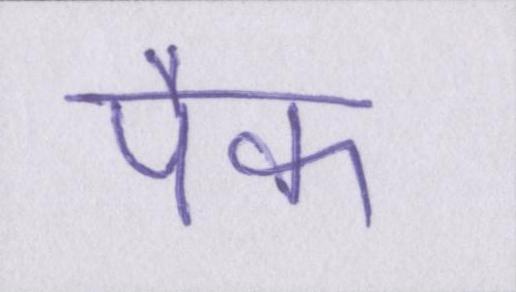
पैक